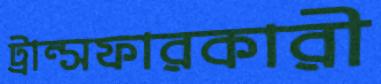
ট্রান্সফারকারী